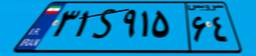
۳۱S۹۱۵۶۴